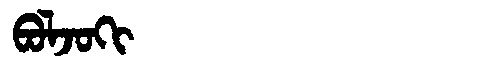
Manchu: ᠪᠣᠯᠵᠣᡴᡳ
Romanization: BOLJOKI